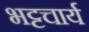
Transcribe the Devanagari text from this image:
भट्टचार्य